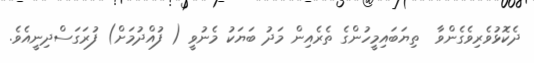
ދެކޮޅުވެރިވެގެންވާ  ތިޔަބައިމީހުންގެ ތެރެއިން މަދު ބަޔަކު މެނުވީ ( ފުއްދުމަށް) ފުރަގަސްދިނީއެވެ.